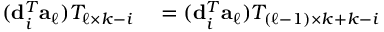
\begin{array} { r l } { ( { \bf d } _ { i } ^ { T } { \bf a } _ { \ell } ) T _ { \ell \times k - i } } & { { } = ( { \bf d } _ { i } ^ { T } { \bf a } _ { \ell } ) T _ { ( { \ell - 1 } ) \times k + k - i } } \end{array}